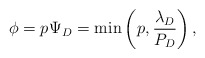
\begin{align*}\phi = p_{}\Psi_D = \min\left(p_{}, \frac{\lambda_D}{P_D} \right),\end{align*}